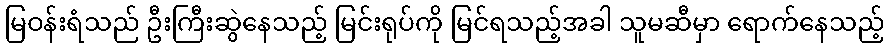
မြဝန်းရံသည် ဦးကြီးဆွဲနေသည့် မြင်းရုပ်ကို မြင်ရသည့်အခါ သူမဆီမှာ ရောက်နေသည့်